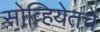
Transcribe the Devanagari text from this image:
सोव्हियेतचे